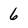
Character: 6